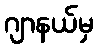
ဂျာနယ်မှ